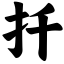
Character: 扦